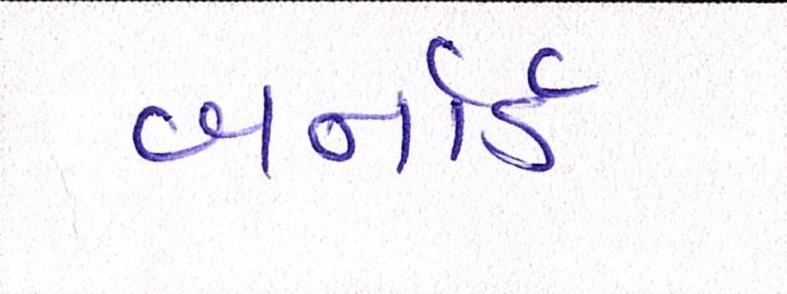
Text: બર્નાર્ડ